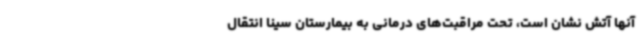
آنها آتش نشان است، تحت مراقبت‌های درمانی به بیمارستان سینا انتقال